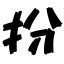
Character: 扮